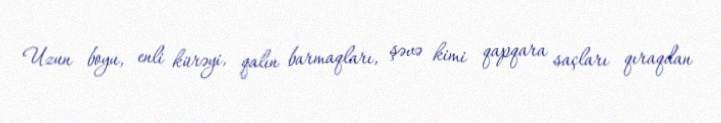
Uzun boyu, enli kürəyi, qalın barmaqları, şəvə kimi qapqara saçları qıraqdan